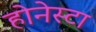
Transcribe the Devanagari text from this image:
होनेस्टा